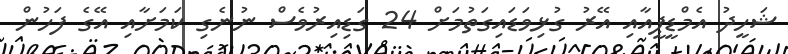
ޝަހީދު އެމްޑީޕީއާއި އޭރު ގުޅިވަޑައިގަތުމަށް 24 ގަޑިއިރުވެސް ނުނެގި ކަމަށާއި އޭގެ ފަހުން